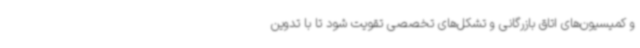
و کمیسیون‌های اتاق بازرگانی و تشکل‌های تخصصی تقویت شود تا با تدوین